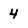
Character: 4